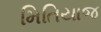
મિતિયાજ